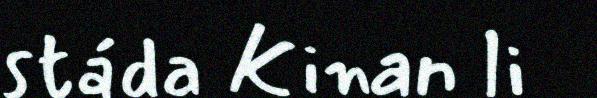
stáda Kinan li